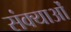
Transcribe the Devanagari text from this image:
संक्याओं